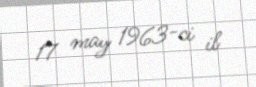
17 may 1963-ci il